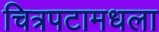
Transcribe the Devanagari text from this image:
चित्रपटामधला